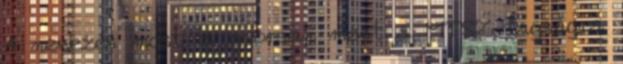
A nevezés most is gyorsan ment a MTSZ tagságra